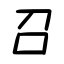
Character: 召